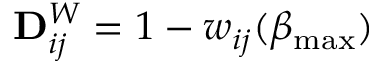
\mathbf { D } _ { i j } ^ { W } = 1 - w _ { i j } ( \beta _ { \operatorname* { m a x } } )